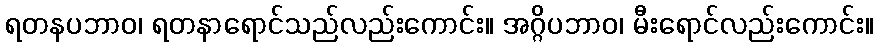
ရတနပဘာဝ၊ ရတနာရောင်သည်လည်းကောင်း။ အဂ္ဂိပဘာဝ၊ မီးရောင်လည်းကောင်း။